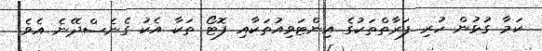
ކަމާ ގުޅުން ހުރި ފަރާތްތަކުގެ އިންޓަވިއުތަކާއި ފޮޓޯ ތަކާ އެކު ގެނެސްދޭނެ އެވެ.